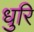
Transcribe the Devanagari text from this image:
धुरि